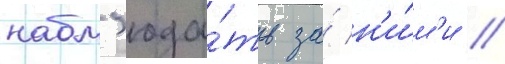
набл'юда́ть за́ н'и́м'и //